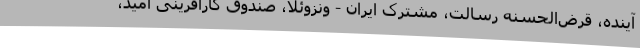
آینده، قرض‌الحسنه رسالت، مشترک ایران - ونزوئلا، صندوق کارآفرینی امید،